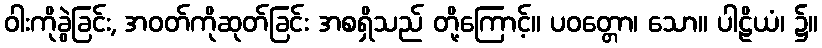
ဝါးကိုခွဲခြင်း, အဝတ်ကိုဆုတ်ခြင်း အစရှိသည် တို့ကြောင့်။ ပဝတ္တော၊ သော။ ပါဠိယံ၊ ၌။